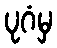
ပုဂံမှ